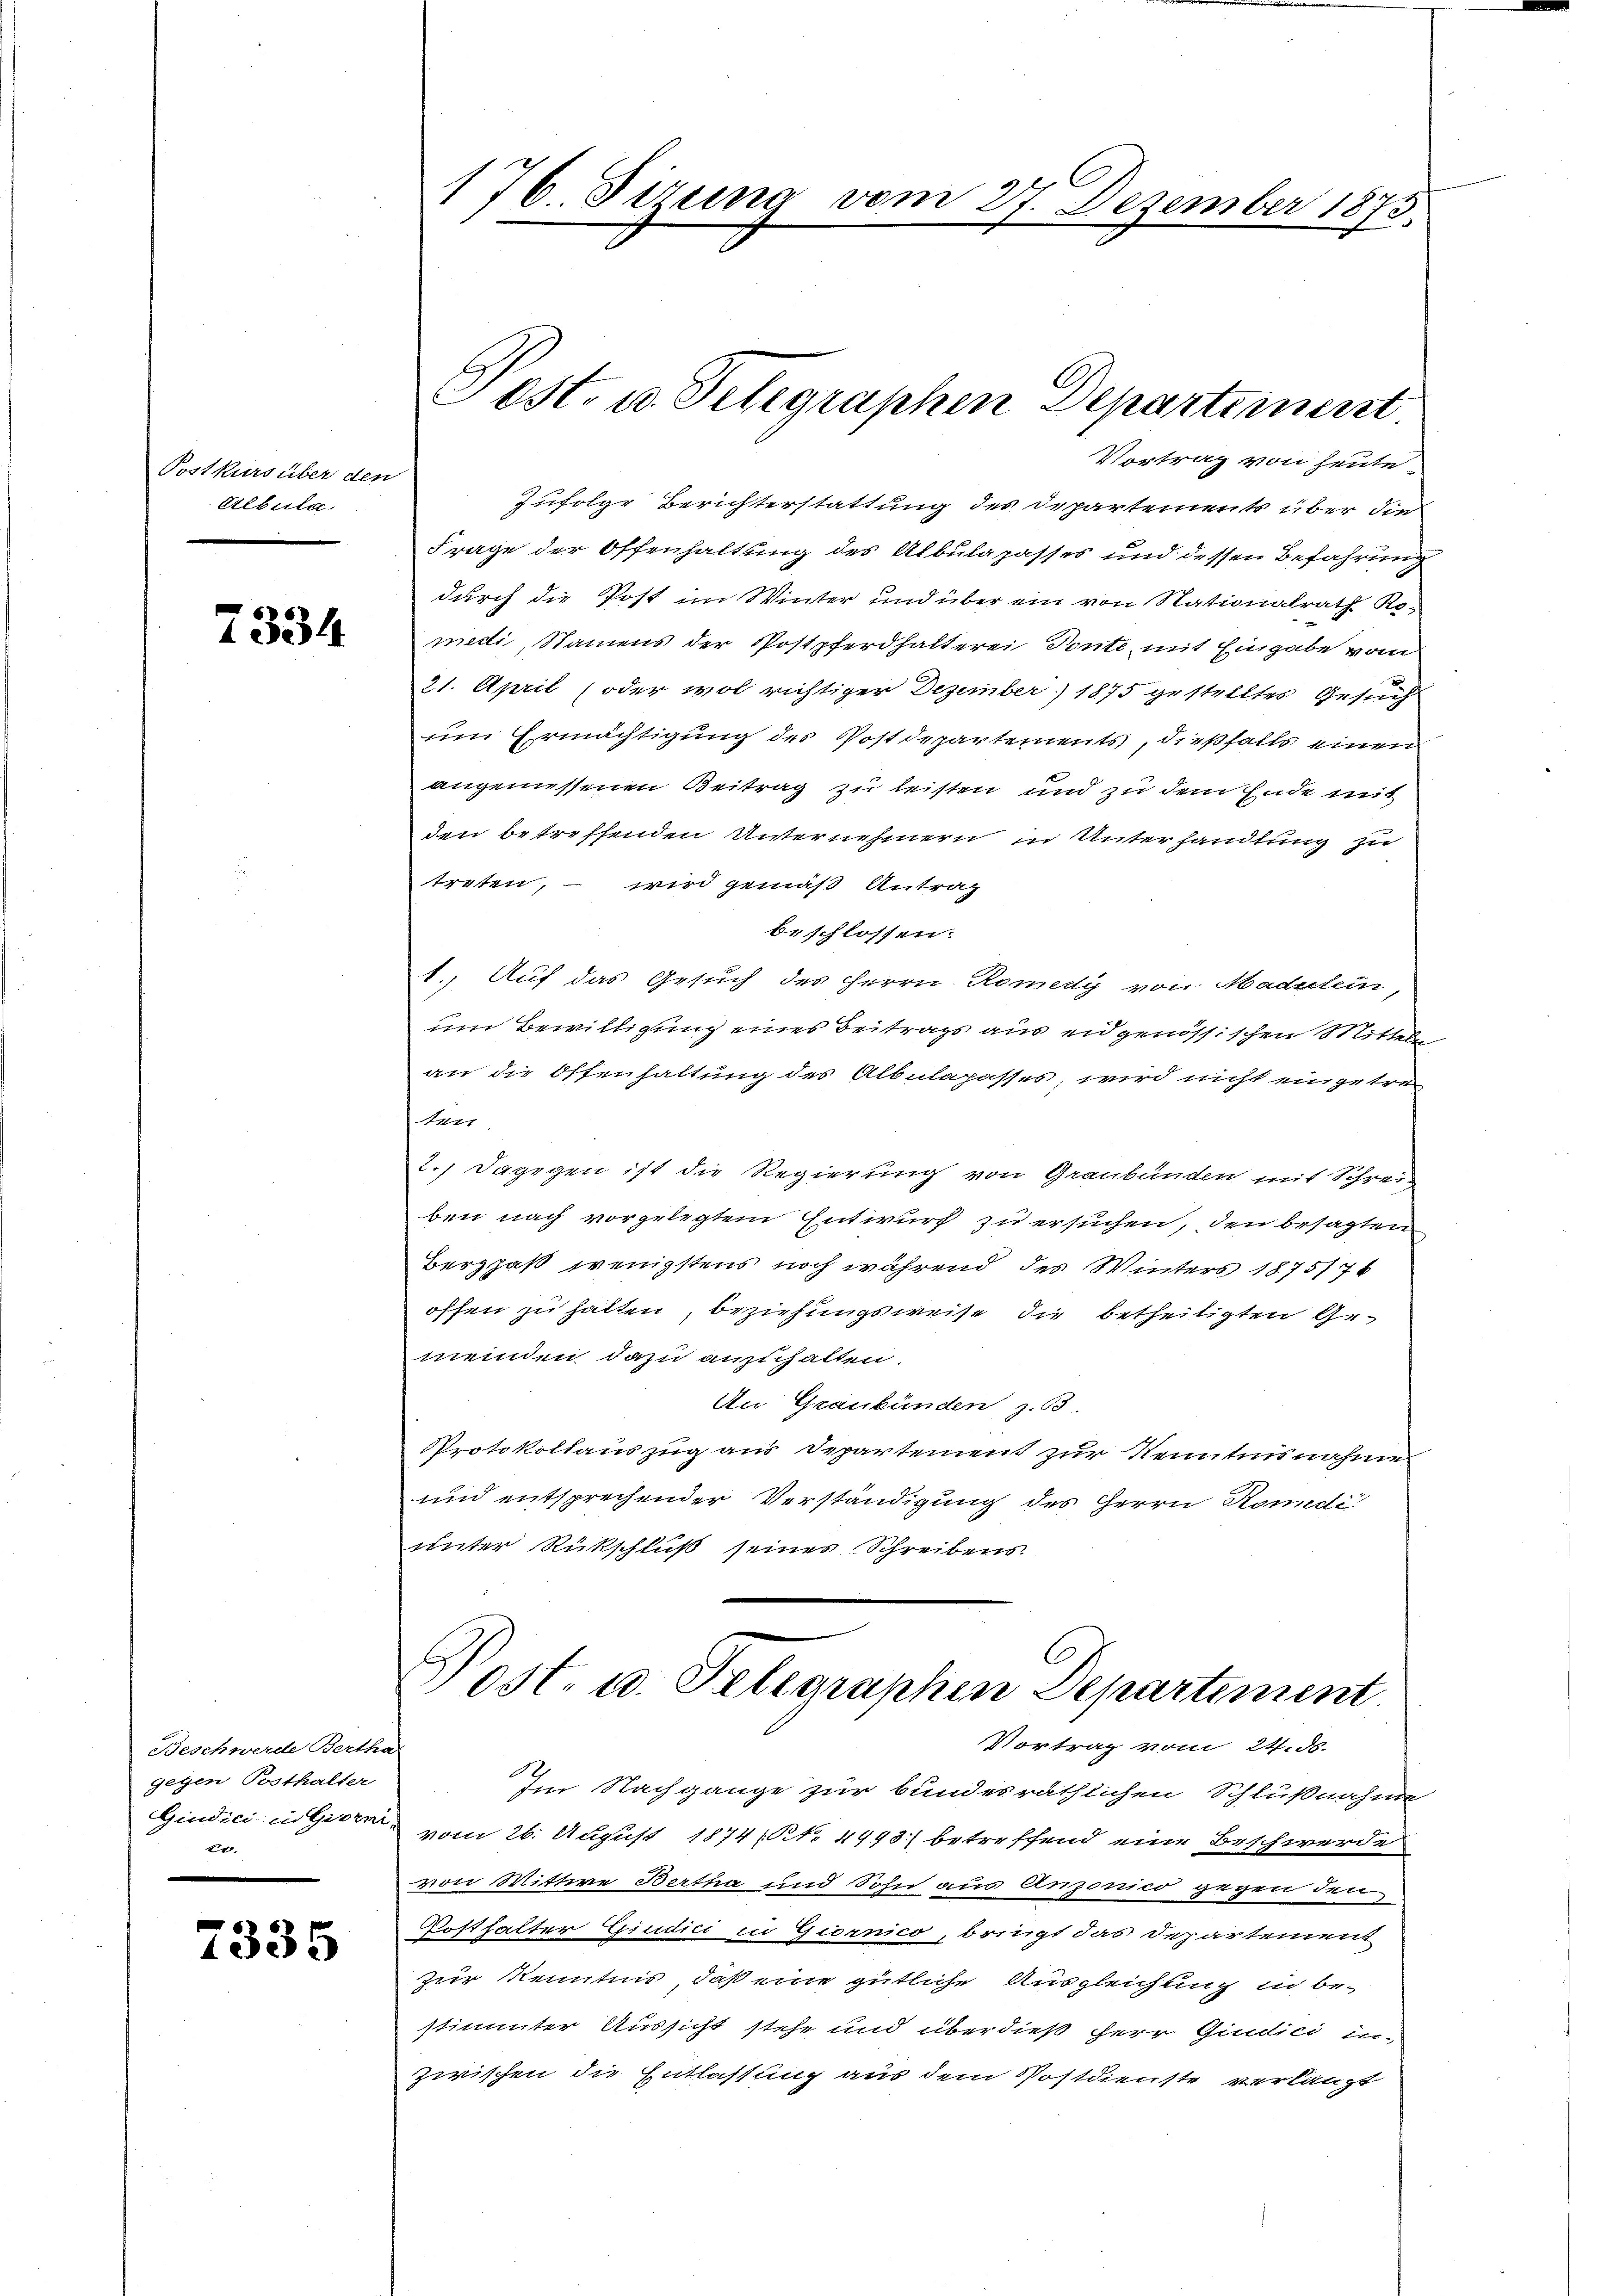
Postkurs über den
Albula.

7334

Beschwerde Berthe
gegen Posthalter
2

7335

Vortrag von heute.
zufolge Berichterstattung des Departements über die
Frage der Offenhaltung des Albulapasses und dessen Befahrung
durch die Post im Winter und über ein von Nationalrath Ro-
medi, Namens der Postpferdhalterei Ponte mit Eingabe vom
21. April (oder wol richtiger Dezember) 1875 gestelltes Gesuch
um Ermächtigung des Postdepartements, dießfalls einen
angemessenen Beitrag zu leisten und zu dem Ende mit
den betreffenden Unternehmern in Unterhandlung zu
treten, – wird gemäß Antrag
beschlossen.
1. Auf das Gesuch des Herrn Romedy von Madelein,
um Bewilligung eines Beitrags aus eidgenössischen Mini
an die Offenhaltung des Albulapasses, wird nicht eingetre
ten.
2.) Dagegen ist die Regierung von Graubünden mit Schreiben nach vorgelegtem Entwurf zu ersuchen, den besagten
Berghaß wenigstens noch während des Winters 1875/7
offen zu hatten, beziehungsweise die betheiligten Gemeinden dazu anzuhalten.
An Graubünden z. 63.
Protokollauszug aus Departement zur Kenntnisnahme
und entsprechender Verständigung des Herrn Komedi
unter Rückschluß seines Schreibens.

176. Sirung vom 27. Dezember 1873.

Post- u. Telegraphen Departement

Post. u. Telegraphen Departement

Vortrag vom 24. ds.
Im Nachgange zur bundesräthlichen Schlußnahme
Gindici in Geere vom 26. August 1874/ N. 4998.) betreffend eine Beschwerde
von Mittwe Bertha und Sohn aus Anzonico gegen den
Posthalter Giudici in Giornico, bringt das Departement
zur Kenntnis, daß eine gütliche Ausgleichung in bestimmter Aussicht stehe und überdieß Herr Gindici in
zwischen die Entlassung aus dem Postdienste verlangt